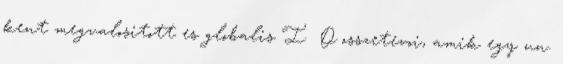
kent megvalositott es globalis I O osszetevoi, amik egy un.